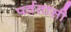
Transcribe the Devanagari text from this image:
पर्वतासी